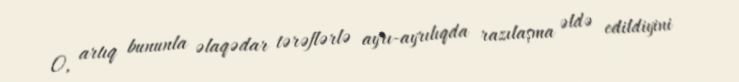
O, artıq bununla əlaqədar tərəflərlə ayrı-ayrılıqda razılaşma əldə edildiyini